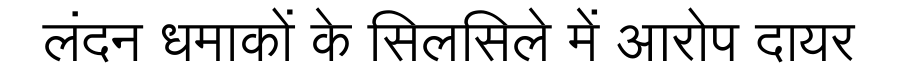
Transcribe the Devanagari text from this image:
लंदन धमाकों के सिलसिले में आरोप दायर